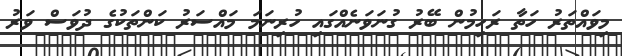
މިވައްތަރު ހަތާ ރަހިމުން ބޭރު ގުނަވަނެއްގައި ހުރިނަމަ މައްސަރު ކަންތަކުގެ ދުވަސް ވަރު